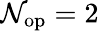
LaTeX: \mathcal{N}_{\mathrm{{op}}}=2